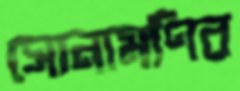
সোনামণির